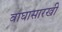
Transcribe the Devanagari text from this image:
वाघासारखी